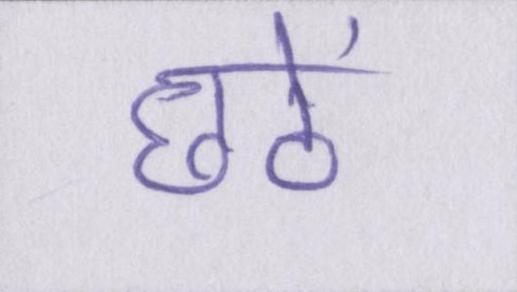
छठें